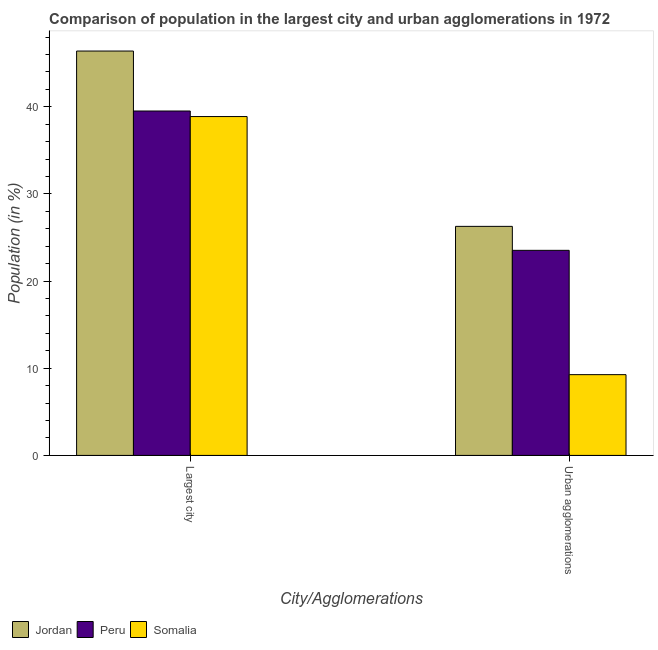
| City/Agglomerations | Jordan | Peru | Somalia |
 | --- | --- | --- | --- |
 | Largest city | 46.4 | 39.5 | 38.9 |
 | Urban agglomerations | 26.3 | 23.5 | 9.27 |